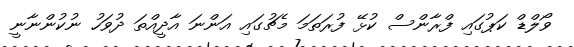
ވޯލްޑް ކަޕުގައި ފްރާންސް ކުޅޭ ފުރަތަމަ މެޗުގައި އަންނަ އާދީއްތަ ދުވަހު ނުކުންނާނީ